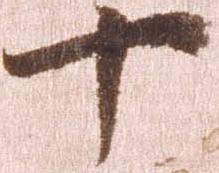
十